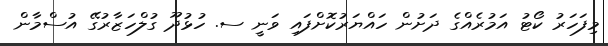
މިފަހަރު ކޯޓު އަމުރެއްގެ ދަށުން ހައްޔަރުކޮށްފައި ވަނީ ސ. ހުޅުދޫ ގުލްހަޒާރުގޭ އުސްމާން